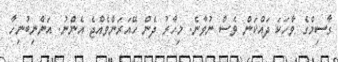
ގާސިމްގެ ވާހަކަ ދައްކަން ވެސް ނުވާނެ. މިހާރު ދެން ހޭއަރަންވެއްޖެ އެންނު. އަންނިބުނިހާ